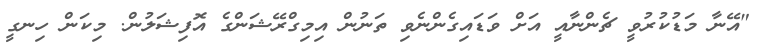
"އޭނާ މަޑުކުރުވީ ޗެންނާއީ އަށް ވަޑައިގެންނެވި ތަނުން އިމިގްރޭޝަންގެ އޮފިޝަލުން. މިކަން ހިނގީ